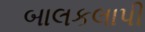
બાલકલાપી